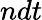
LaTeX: ndt